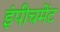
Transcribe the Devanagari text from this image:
इंपीचमेंट